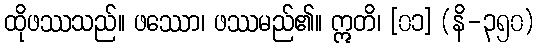
ထိုဖဿသည်။ ဖဿော၊ ဖဿမည်၏။ ဣတိ၊ [၀၁] (နိ-၃၅၀)